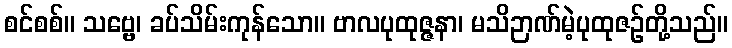
စင်စစ်။ သဗ္ဗေ၊ ခပ်သိမ်းကုန်သော။ ဗာလပုထုဇ္ဇနာ၊ မသိဉာဏ်မဲ့ပုထုဇဉ်တို့သည်။